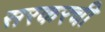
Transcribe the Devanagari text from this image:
सरकरची